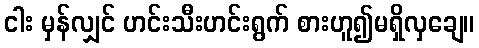
ငါး မှန်လျှင် ဟင်းသီးဟင်းရွက် စားဟူ၍မရှိလှချေ။